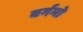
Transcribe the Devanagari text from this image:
बर्गमो